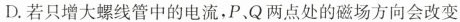
D.若只增大螺线管中的电流，P、Q两点处的磁场方向会改变